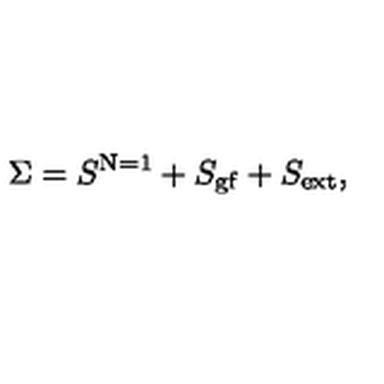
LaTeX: \Sigma = S ^ { \mathrm { N = 1 } } + S _ { \mathrm { g f } } + S _ { \mathrm { e x t } } ,